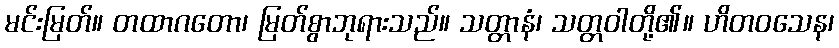
မင်းမြတ်။ တထာဂတော၊ မြတ်စွာဘုရားသည်။ သတ္တာနံ၊ သတ္တဝါတို့၏။ ဟိတဝသေန၊